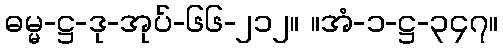
ဓမ္မ-ဋ္ဌ-ဒု-အုပ်-၆၆-၂၁၂။ ။အံ-၁-ဋ္ဌ-၃၄၇။